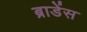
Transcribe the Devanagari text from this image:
ब्राडेंस